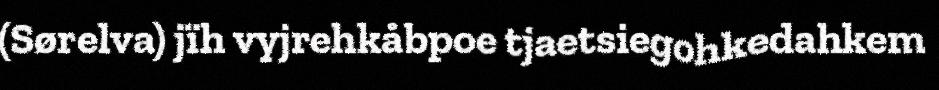
(Sørelva) jïh vyjrehkåbpoe tjaetsiegohkedahkem